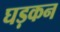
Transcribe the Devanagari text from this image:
घड़कन